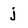
Character: j